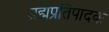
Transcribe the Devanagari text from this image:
ब्रह्मप्रतिपादक